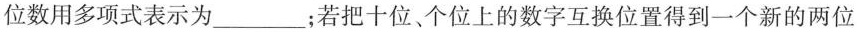
位数用多项式表示为 ___ ；若把十位、个位上的数字互换位置得到一个新的两位